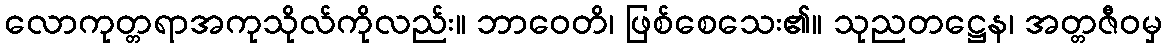
လောကုတ္တရာအကုသိုလ်ကိုလည်း။ ဘာဝေတိ၊ ဖြစ်စေသေး၏။ သုညတဋ္ဌေန၊ အတ္တဇီဝမှ